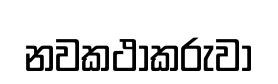
නවකථාකරුවා